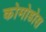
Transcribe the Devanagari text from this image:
कोमोडोस